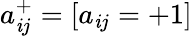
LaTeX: a_{\mathit{i}j}^{+}=[a_{\mathit{i}j}=+1]